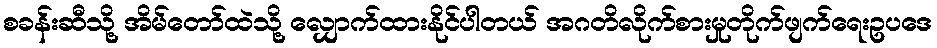
စခန်းဆီသို့ အိမ်တော်ထဲသို့ လျှောက်ထားနိုင်ပါတယ် အဂတိလိုက်စားမှုတိုက်ဖျက်ရေးဥပဒေ